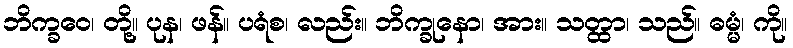
ဘိက္ခဝေ၊ တို့။ ပုန၊ ဖန်။ ပရံစ၊ လည်း။ ဘိက္ခုနော၊ အား။ သတ္ထာ၊ သည်။ ဓမ္မံ၊ ကို။